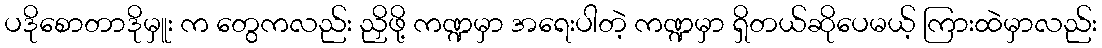
ပဒိုစောတာဒိုမှူး က တွေကလည်း ညှိဖို့ ကဏ္ဍမှာ အရေးပါတဲ့ ကဏ္ဍမှာ ရှိတယ်ဆိုပေမယ့် ကြားထဲမှာလည်း